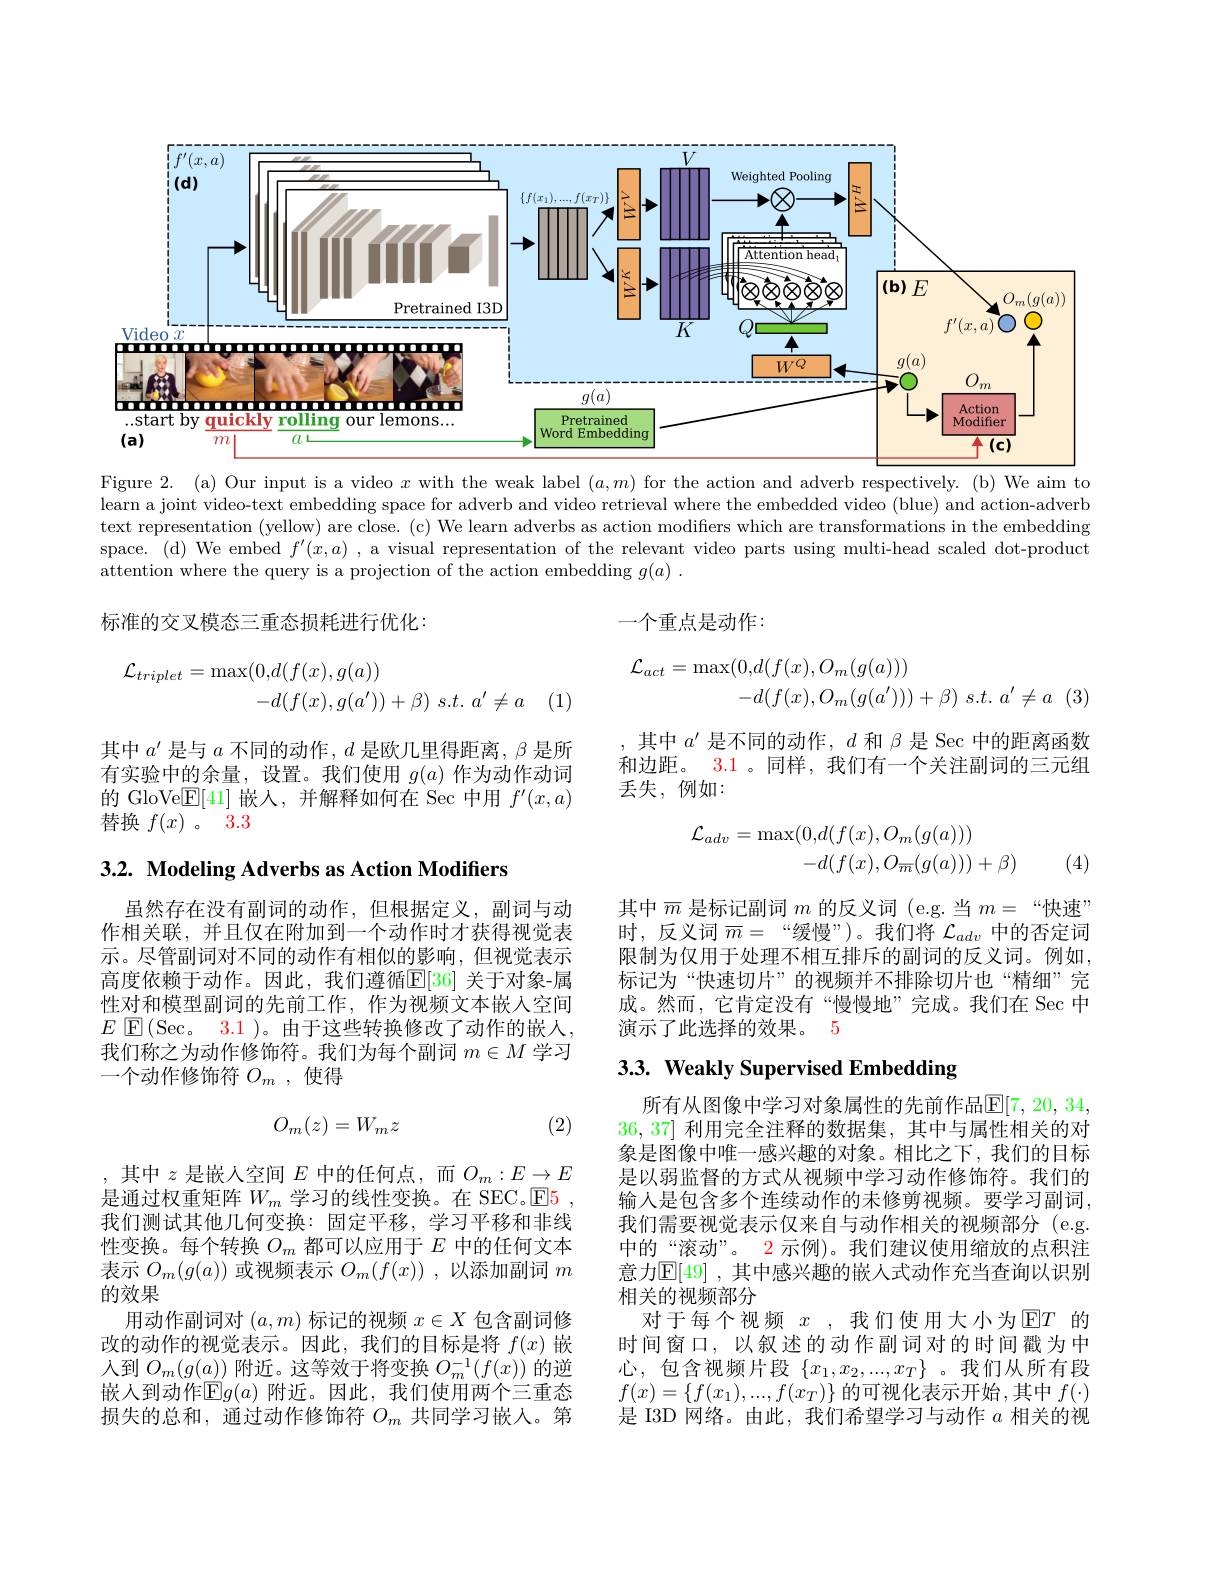
<FigureHere>

Figure 2. (a) Our input is a video $x$ with the weak label $(a,m)$ for the action and adverb respectively. (b) We aim to learn a joint video-text embedding space for adverb and video retrieval where the embedded video (blue) and action-adverb text representation (yellow) are close. (c) We learn adverbs as action modifiers which are transformations in the embedding space. (d) We embed $f^\prime(x,a)$ , a visual representation of the relevant video parts using multi-head scaled dot-product attention where the query is a projection of the action embedding $g( a)$ .

标准的交叉模态三重态损耗进行优化：

一个重点是动作：
$$\begin{aligned}\mathcal{L}_{act}&=\max(0,d(f(x),O_{m}(g(a)))\\&-d(f(x),O_{m}(g(a^{\prime})))+\beta)\:s.t.\:a^{\prime}\neq a\end{aligned}$$
$$\begin{aligned}\mathcal{L}_{triplet}&=\max(0,d(f(x),g(a))\\&-d(f(x),g(a'))+\beta)\:s.t.\:a'\neq a\end{aligned}$$
其中$a^\prime$是不同的动作，$d$和$\beta$是 Sec 中的距离函数和边距。3.1 。同样，我们有一个关注副词的三元组丢失，例如：

其中$a^\prime$是与$a$不同的动作，$d$是欧几里得距离，$\beta$是所有实验中的余量，设置。我们使用$g(a)$作为动作动词的 GloVe$\mathbb{E}[41]$嵌入，并解释如何在 Sec 中用$f^\prime(x,a)$ 替换$f(x)$ 。3.3
$$\begin{array}{c}\mathcal{L}_{adv}=\max(0,d(f(x),O_m(g(a)))\\-d(f(x),O_{\overline{m}}(g(a)))+\beta)\end{array}$$
(4)

$3. 2. \textbf{ Modeling Adverbs as Action Modifiers}$

其中$\overline{m}$是标记副词$m$的反义词 (e.g.当$m=$“快速” 时，反义词$\overline m=$“缓慢”)。我们将$\mathcal{L}_adv$中的否定词限制为仅用于处理不相互排斥的副词的反义词。例如， 标记为“快速切片”的视频并不排除切片也“精细”完成。然而，它肯定没有“慢慢地”完成。我们在 Sec 中演示了此选择的效果。5

虽然存在没有副词的动作，但根据定义，副词与动作相关联，并且仅在附加到一个动作时才获得视觉表示。尽管副词对不同的动作有相似的影响，但视觉表示高度依赖于动作。因此，我们遵循$\mathbb{E}[36]$ 关于对象-属性对和模型副词的先前工作，作为视频文本嵌人空间$E\boxtimes($Sec。3.1 )。由于这些转换修改了动作的嵌人我们称之为动作修饰符。我们为每个副词$m\in M$学习一个动作修饰符$O_m$,使得

# 3.3. Weakly Supervised Embedding

(2)
$$O_m(z)=W_mz$$
所有从图像中学习对象属性的先前作品$\mathbb{E}[7,20,34$, 36,37]利用完全注释的数据集，其中与属性相关的对象是图像中唯一感兴趣的对象。相比之下，我们的目标是以弱监督的方式从视频中学习动作修饰符。我们的输人是包含多个连续动作的未修剪视频。要学习副词， 我们需要视觉表示仅来自与动作相关的视频部分(e.g. 中的“滚动”。2 示例)。我们建议使用缩放的点积注意力$\mathbb{E}[49]$ ,其中感兴趣的嵌人式动作充当查询以识别相关的视频部分
对于每个视频 $x$ ,我们使用大小为$\mathbb{E}T$ 的时间窗口，以叙述的动作副词对的时间戳为中心，包含视频片段$\{x_1,x_2,...,x_T\}$ 。我们从所有段$f(x)=\{f(x_1),...,f(x_T)\}$的可视化表示开始，其中$f(\cdot)$ 是 I3D 网络。由此，我们希望学习与动作$a$相关的视

,其中$z$是嵌人空间$E$中的任何点，而$O_m:E\to E$ 是通过权重矩阵$W_m$学习的线性变换。在 SEC。$\color{red}{\mathrm{E5}}$ , 我们测试其他几何变换：固定平移，学习平移和非线性变换。每个转换$O_m$都可以应用于$E$中的任何文本表示$O_m(g(a))$或视频表示$O_m(f(x))$ ,以添加副词$m$ 的效果
用动作副词对$(a,m)$标记的视频$x\in X$包含副词修改的动作的视觉表示。因此，我们的目标是将$f(x)$嵌入到$O_m(g(\underline{a}))$附近。这等效于将变换$O_m^{-1}(f(x))$的逆嵌人到动作$\overline{\mathbb{E}}g(a)$ 附近。因此，我们使用两个三重态损失的总和，通过动作修饰符$O_m$共同学习嵌人。第